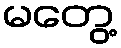
မတွေ့